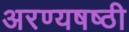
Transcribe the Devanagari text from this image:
अरण्यषष्ठी